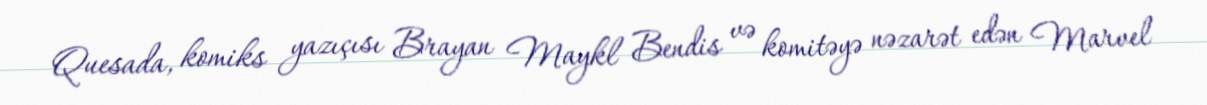
Quesada, komiks yazıçısı Brayan Maykl Bendis və komitəyə nəzarət edən Marvel